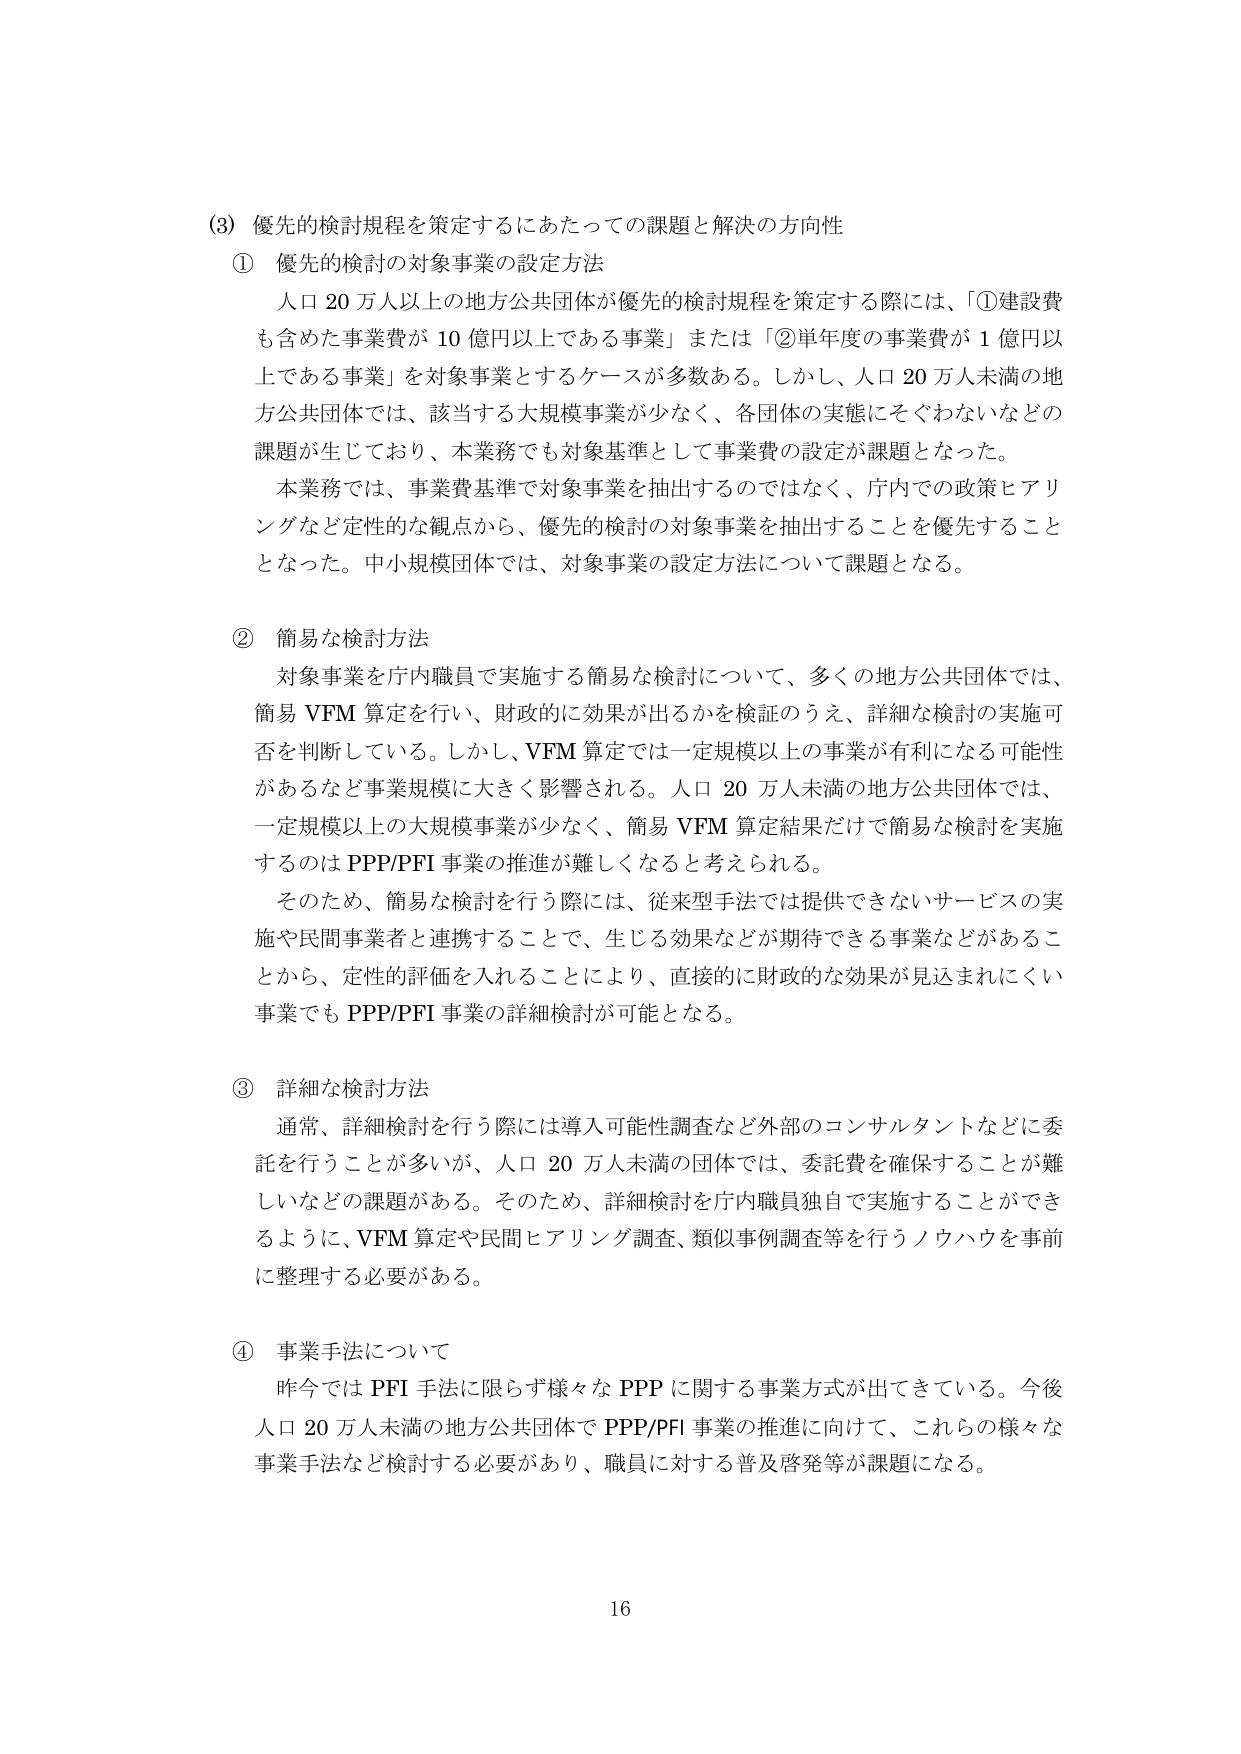
(3) 優先的検討規程を策定するにあたっての課題と解決の方向性
① 優先的検討の対象事業の設定方法
　人口 20 万人以上の地方公共団体が優先的検討規程を策定する際には、「①建設費も含めた事業費が 10 億円以上である事業」または「②単年度の事業費が 1 億円以上である事業」を対象事業とするケースが多数ある。しかし、人口 20 万人未満の地方公共団体では、該当する大規模事業が少なく、各団体の実態にそぐわないなどの課題が生じており、本業務でも対象基準として事業費の設定が課題となった。
　本業務では、事業費基準で対象事業を抽出するのではなく、庁内での政策ヒアリングなど定性的な観点から、優先的検討の対象事業を抽出することを優先することとなった。中小規模団体では、対象事業の設定方法について課題となる。

② 簡易な検討方法
　対象事業を庁内職員で実施する簡易な検討について、多くの地方公共団体では、簡易 VFM 算定を行い、財政的に効果が出るかを検証のうえ、詳細な検討の実施可否を判断している。しかし、VFM 算定では一定規模以上の事業が有利になる可能性があるなど事業規模に大きく影響される。人口 20 万人未満の地方公共団体では、一定規模以上の大規模事業が少なく、簡易 VFM 算定結果だけで簡易な検討を実施するのは PPP/PFI 事業の推進が難しくなると考えられる。
　そのため、簡易な検討を行う際には、従来型手法では提供できないサービスの実施や民間事業者と連携することで、生じる効果などが期待できる事業などがあることから、定性的評価を入れることにより、直接的に財政的な効果が見込まれにくい事業でも PPP/PFI 事業の詳細検討が可能となる。

③ 詳細な検討方法
　通常、詳細検討を行う際には導入可能性調査など外部のコンサルタントなどに委託を行うことが多いが、人口 20 万人未満の団体では、委託費を確保することが難しいなどの課題がある。そのため、詳細検討を庁内職員独自で実施することができるように、VFM 算定や民間ヒアリング調査、類似事例調査等を行うノウハウを事前に整理する必要がある。

④ 事業手法について
　昨今では PFI 手法に限らず様々な PPP に関する事業方式が出てきている。今後人口 20 万人未満の地方公共団体で PPP/PFI 事業の推進に向けて、これらの様々な事業手法など検討する必要があり、職員に対する普及啓発等が課題になる。

16